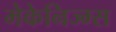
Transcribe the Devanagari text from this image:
मेकेनिज्म्स